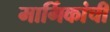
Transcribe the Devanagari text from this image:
मार्गिकांची